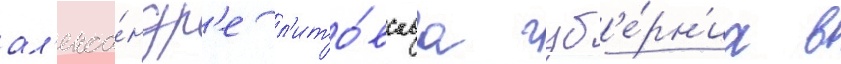
ал'екса́ндр'е л'ито́вскаа губ'е́рн'иа в